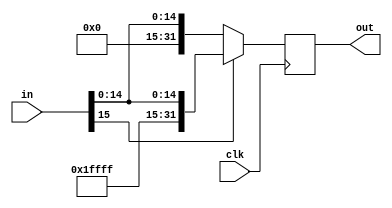

//////////////////////////////////////////////////////////////////////////////////
//	   
// Creator Name:   Sara Baradaran
// Module Name:    Sign_Extend 
// Project Name:   MIPS Microprocessor 
//
//////////////////////////////////////////////////////////////////////////////////
module Sign_Extend(in, out, clk);

input  clk;
input  [15:0] in;
output [31:0] out;

reg [31:0] out;

always @(posedge clk)
begin

	if(in[15] == 1)
		out <= {{16{1'b1}}, in};
	else if(in[15] == 0)
		out <= {{16{1'b0}}, in};

end
endmodule